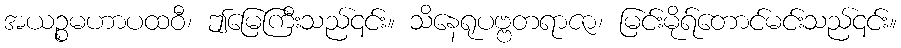
အယဉ္စမဟာပထဝီ၊ ဤမြေကြီးသည်၎င်း။ သိနေရုပဗ္ဗတရာဇာ၊ မြင်းမိုရ်တောင်မင်းသည်၎င်း။